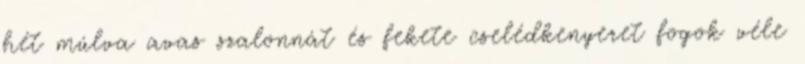
hét múlva avas szalonnát és fekete cselédkenyeret fogok véle